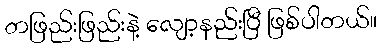
တဖြည်းဖြည်းနဲ့ လျော့နည်းပြီ ဖြစ်ပါတယ်။